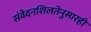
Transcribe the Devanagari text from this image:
संवेदनशिलतेनुसारही